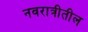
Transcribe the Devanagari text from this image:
नवरात्रीतील